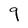
Character: 9